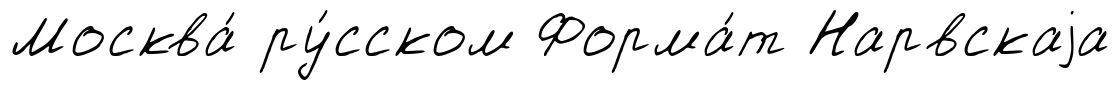
Москва́ ру́сском Форма́т Нарвскаjа